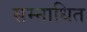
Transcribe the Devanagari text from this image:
सम्नाधित